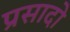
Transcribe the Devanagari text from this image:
प्रसादो